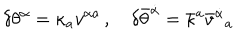
\delta \theta ^ { \alpha } = \kappa _ { a } v ^ { \alpha { } a } \, , \quad \delta \bar { \theta } ^ { \dot { \alpha } } = \bar { \kappa } ^ { a } \bar { v } ^ { \dot { \alpha } } { } _ { a }